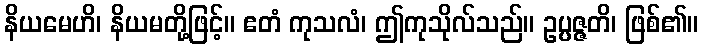
နိယမေဟိ၊ နိယမတို့ဖြင့်။ ဧတံ ကုသလံ၊ ဤကုသိုလ်သည်။ ဥပ္ပဇ္ဇတိ၊ ဖြစ်၏။